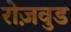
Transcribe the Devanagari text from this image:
रोज़वुड